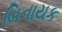
બિનાયક